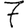
Digit: 7